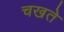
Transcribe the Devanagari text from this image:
चखते